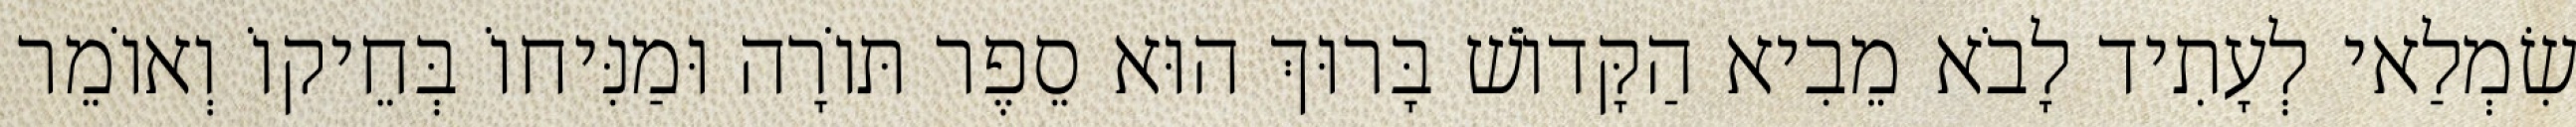
שִׂמְלַאי לְעָתִיד לָבֹא מֵבִיא הַקָּדוֹשׁ בָּרוּךְ הוּא סֵפֶר תּוֹרָה וּמַנִּיחוֹ בְּחֵיקוֹ וְאוֹמֵר